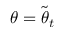
{ \boldsymbol { \theta } } = \tilde { { \boldsymbol { \theta } } } _ { t }